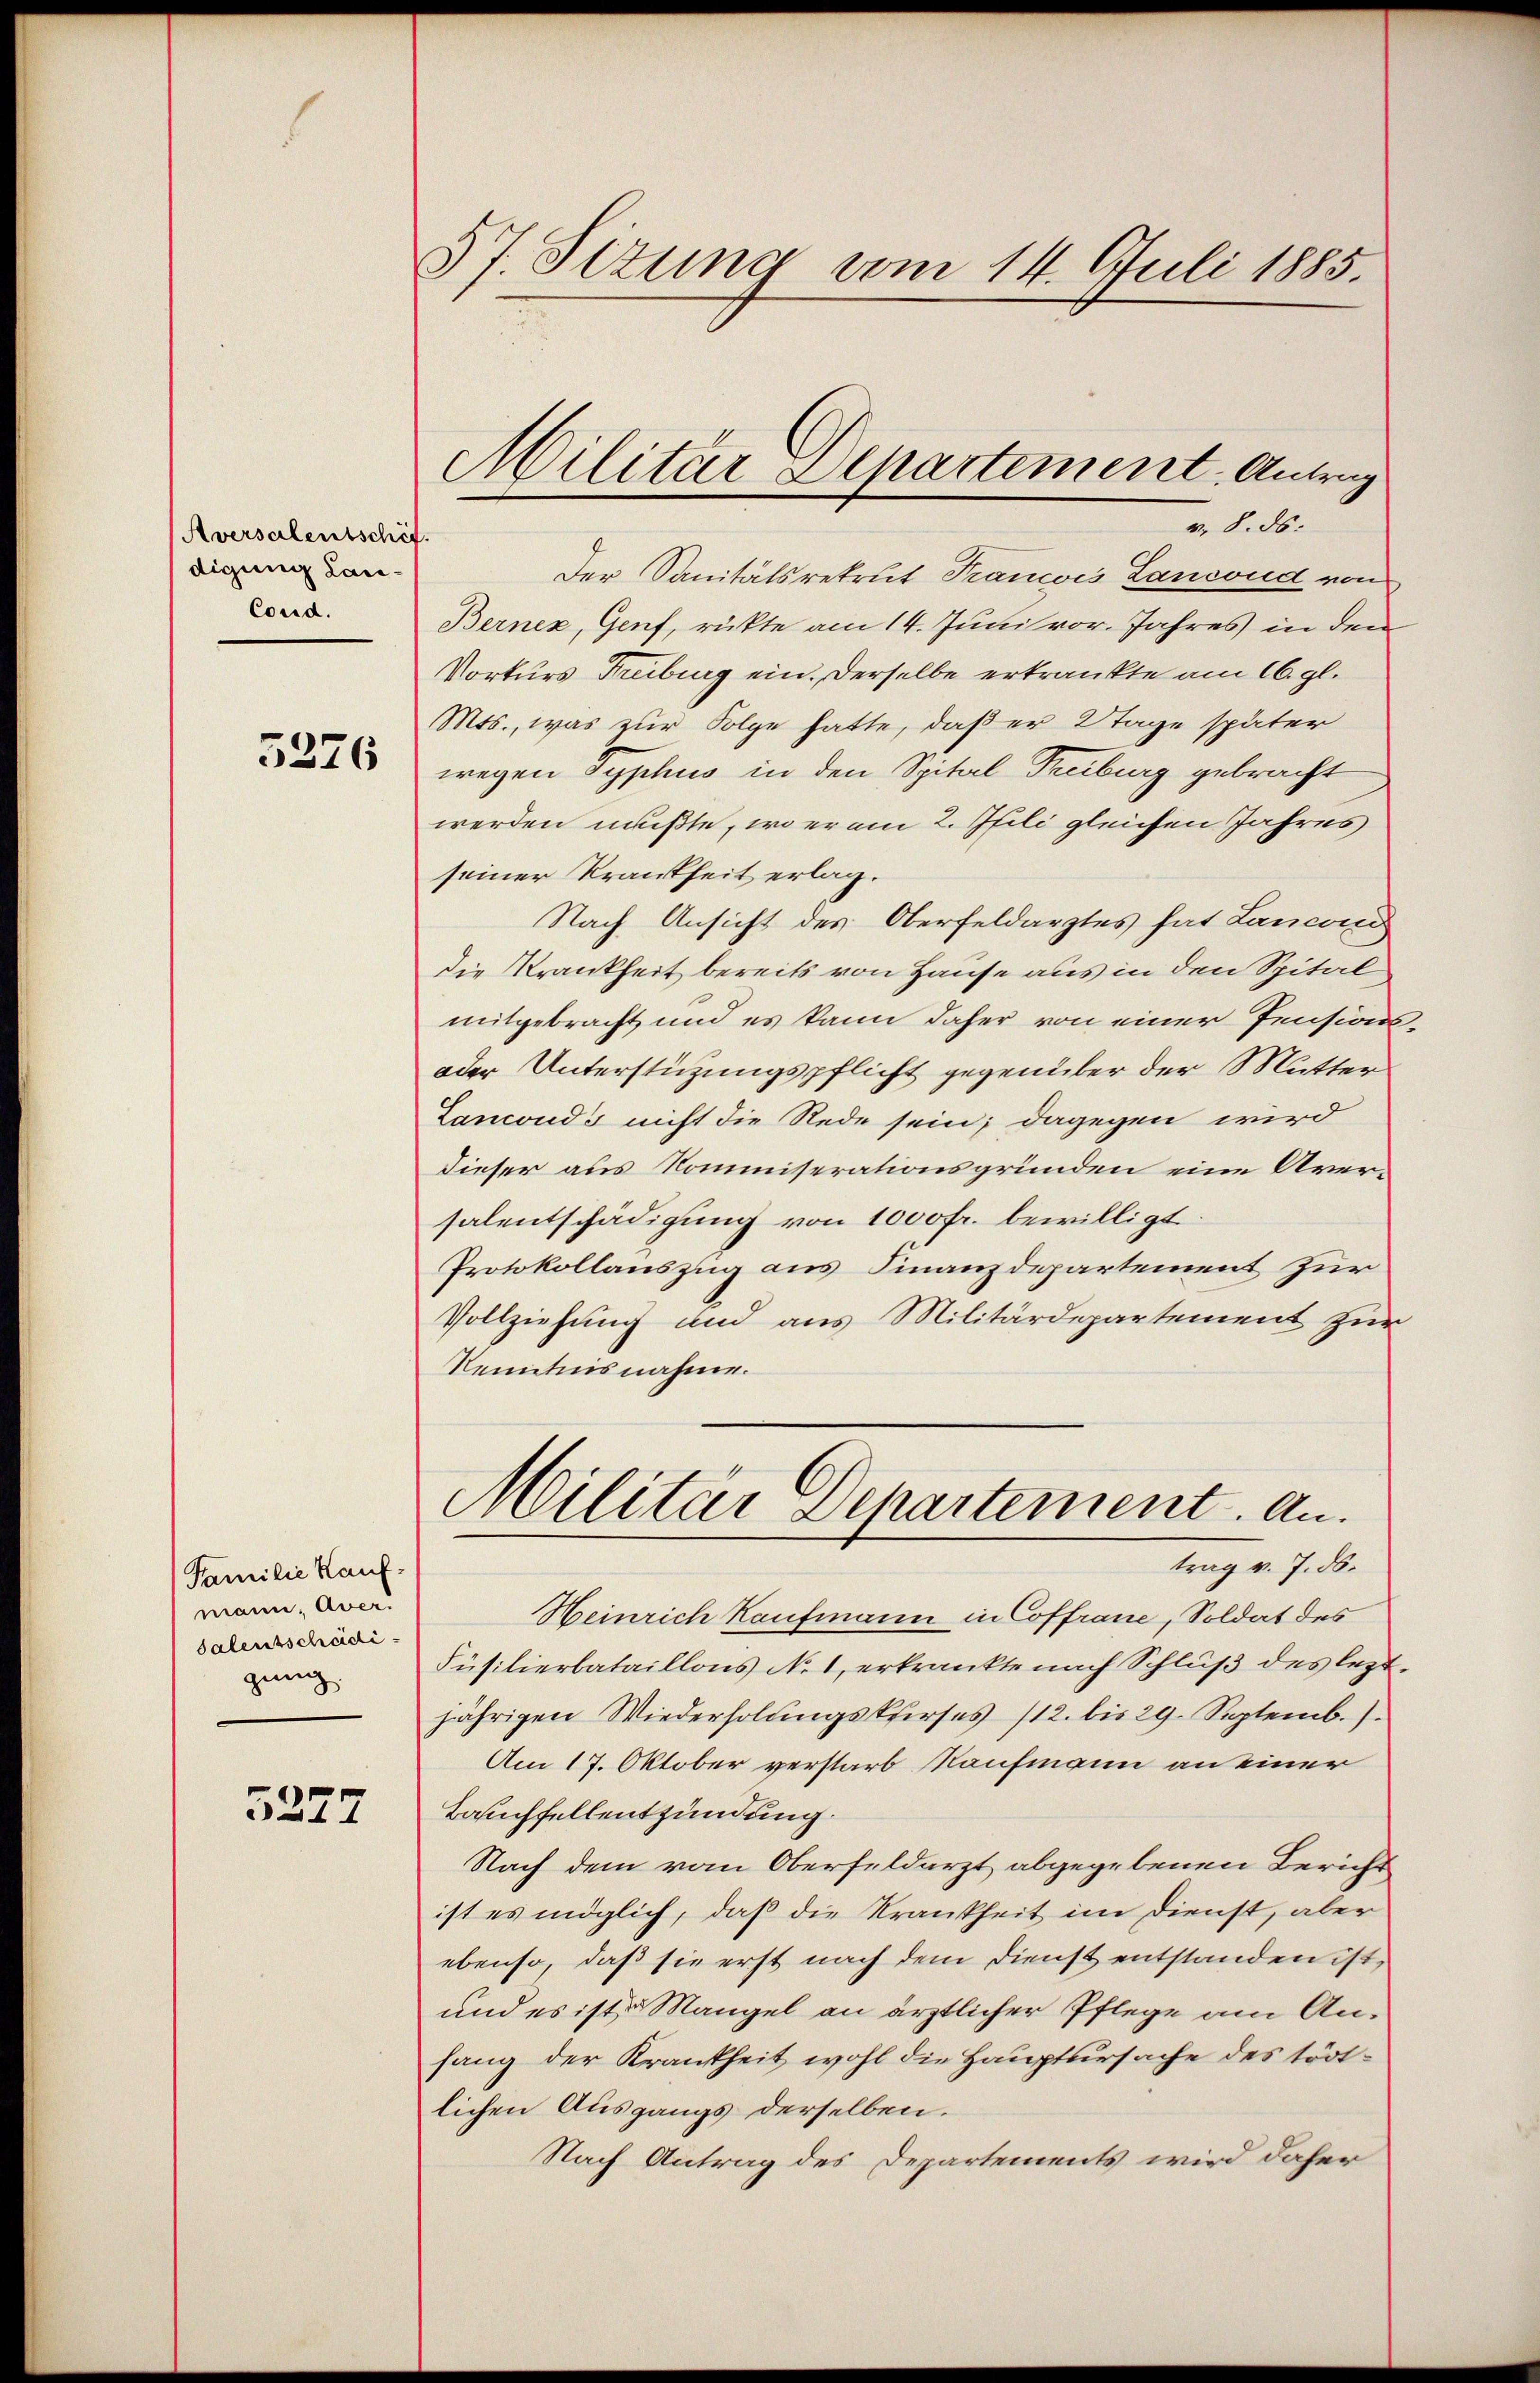
Aversalentschef
digung Lan¬
Cond.

5276

Familie Kauf-
mann: Aver.
salentscheidigung

5227

57. Sizung vom 14. Juli 1885

Militär Departement Antrag

v. 8. ds.
1
Der Sanitätsrekrut Trancois Landond von
Bernez, Genf, rückte am 14. Juni vor. Jahres in den
Vorkurs Freiburg ein. Derselbe erkränkte am 16. gl.
Mts., was zur Folge hatte, daß er 2 Tage später
wegen Typhus in den Spital-Freiburg gebracht
werden mußte, wo er am 2. Juli gleichen Jahres
seiner Krankheit erlag.
Nach Ansicht des Oberfeldarztes hat Lancond
die Krankheit bereits von Hause aus in den Spital
mitgebracht und es kann daher von einer Pensions
oder Unterstützungspflicht gegenüber der Mutter
Lanconds nicht die Rede sein; dagegen wird
dieser aus Kommiserationsgründen eine Aversalentschädigung von 1000 fr. bewilligt.
Protokollauszug aus Finanzdepartement zur
Vollziehung und aus Militärdepartement zur
Kenntnisnahme.
Militar Departement. An
trag v. 7. ds.
Heinrich Kaufmann in Coffrane, Soldat des
Füsilierbataillons No 1, erkrankte nach Schluß des lezt.
jährigen Wiederholungskurses /12. bis 29. Septemb.
Am 17. Oktober verstarb Kaufmann an einer
Bauffellentzündung.
Nach dem vom Oberfeldarzt abgegebenen Bericht
ist es möglich, daß die Krankheit im Dienst, aber
ebenso, daß sie erst nach dem Dienst entstanden ist,
und es ist Mangel an ärztlicher Pflege am Anfang der Krankheit wohl die Hauptursache des tödtlichen Ausgangs derselben.
Nach Antrag des Departements wird daher